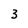
Character: 3